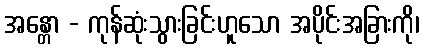
အန္တော - ကုန်ဆုံးသွားခြင်းဟူသော အပိုင်းအခြားကို၊